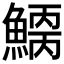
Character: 𩺂